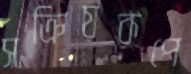
সক্রিয়রূপে